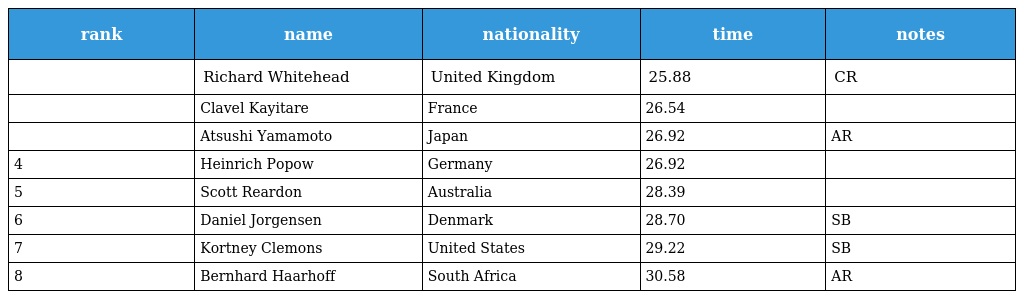
| rank | name | nationality | time | notes |
 | --- | --- | --- | --- | --- |
 |  | Richard Whitehead | United Kingdom | 25.88 | CR |
 |  | Clavel Kayitare | France | 26.54 |  |
 |  | Atsushi Yamamoto | Japan | 26.92 | AR |
 | 4 | Heinrich Popow | Germany | 26.92 |  |
 | 5 | Scott Reardon | Australia | 28.39 |  |
 | 6 | Daniel Jorgensen | Denmark | 28.70 | SB |
 | 7 | Kortney Clemons | United States | 29.22 | SB |
 | 8 | Bernhard Haarhoff | South Africa | 30.58 | AR |